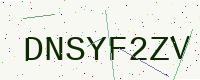
Text: DNSYF2ZV